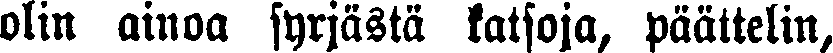
olin ainoa syrjästä katsoja, päättelin,